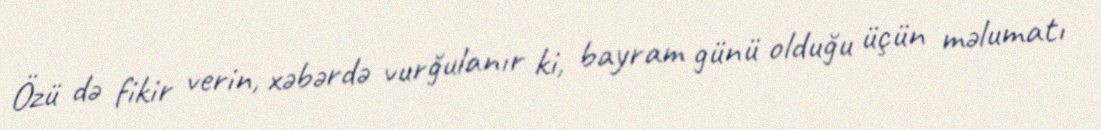
Özü də fikir verin, xəbərdə vurğulanır ki, bayram günü olduğu üçün məlumatı